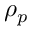
\rho _ { p }